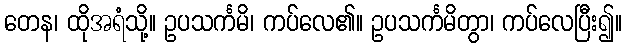
တေန၊ ထိုအရံသို့။ ဥပသင်္ကမိ၊ ကပ်လေ၏။ ဥပသင်္ကမိတွာ၊ ကပ်လေပြီး၍။